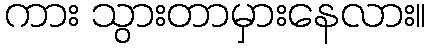
ကား သွားတာမှားနေလား။